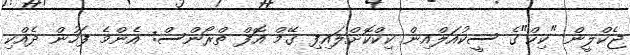
ޖެކްލީން "ކިކް"ގެ ސީކުއަލްއިން ކިކްކޮށްލައިފި ގޭމް އޮފް ތްރޯންސް: އެންމެ ފަހުން ދެއްކި